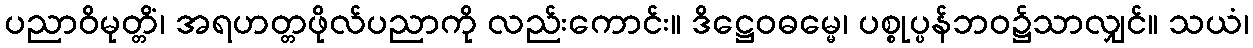
ပညာဝိမုတ္တိံ၊ အရဟတ္တဖိုလ်ပညာကို လည်းကောင်း။ ဒိဋ္ဌေဝဓမ္မေ၊ ပစ္စုပ္ပန်ဘဝ၌သာလျှင်။ သယံ၊